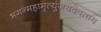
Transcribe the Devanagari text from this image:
भगन्महामृत्युंजयदेवताय